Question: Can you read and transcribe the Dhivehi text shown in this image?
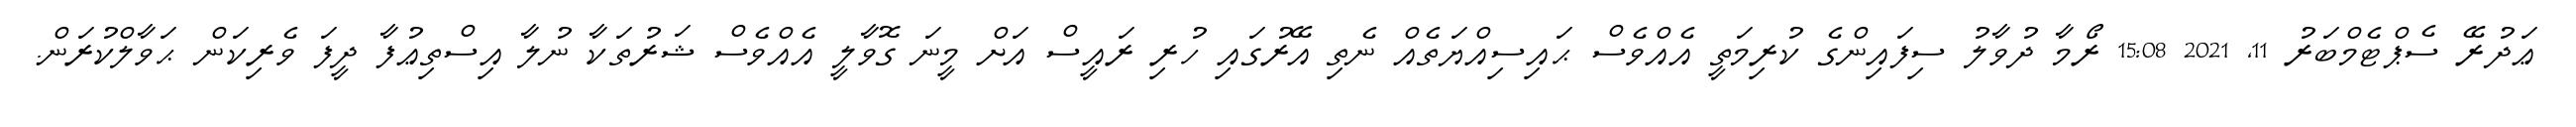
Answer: ޢަދުރޭ ސެޕްޓެމްބަރު 11, 2021 15:08 ރޯމާ ދުވާލު ސިފައިންގެ ކުރިމަތީ އެއްވެސް ޙައިސިއްޔަތެއް ނެތި އޭރުގައި ހުރި ރައީސް އަށް މީނަ ގޮވާލީ އެއްވެސް ޝަރުތަކާ ނުލާ އިސްތިޢުފާ ދީފަ ވެރިކަން ޙަވާލްކުރަން.